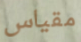
مقياس